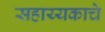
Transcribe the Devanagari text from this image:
सहाय्यकाचे